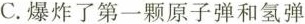
C.爆炸了第一颗原子弹和氢弹